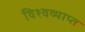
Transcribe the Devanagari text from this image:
विश्वव्याप्त